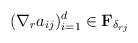
LaTeX: \begin{align*}(\nabla_{r}a_{ij})_{i=1}^d \in \mathbf{F}_{\delta_{rj}}\end{align*}